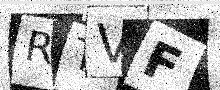
Text: RTVF